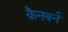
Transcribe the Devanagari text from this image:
क्रैनबर्न